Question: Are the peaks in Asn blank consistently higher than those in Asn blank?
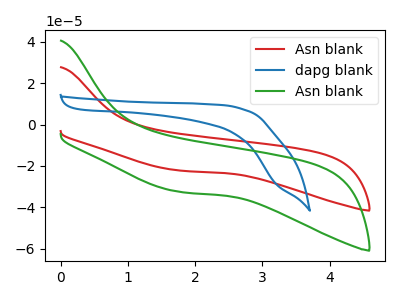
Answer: <think>The red curve "Asn blank" has no peaks. The blue curve "dapg blank" has no peaks. The green curve "Asn blank" has no peaks.</think>
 <answer>Niether CV has any peaks.</answer>
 <eval>blanks</eval>